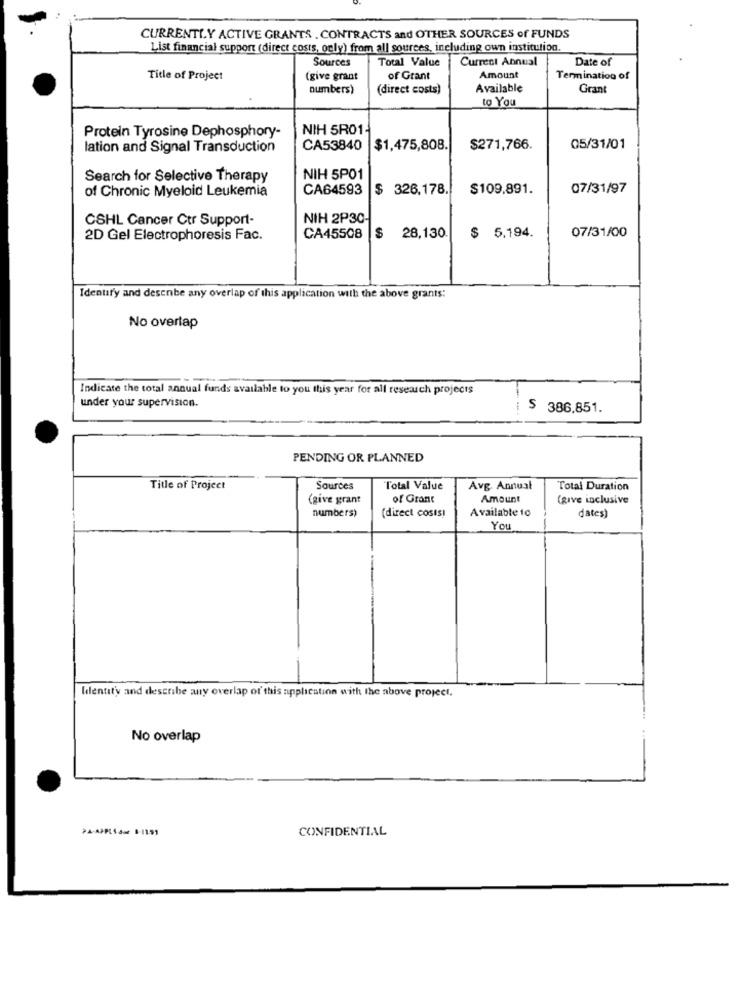
CURRENTLY ACTIVE GRANTS . CONTRACTS and OTHER SOURCES of FUNDS
List financial support (direct costs, ogly) from all sources, including own institution.
Sources
Total Value
Current Annual
Date of
Title of Project
(give grant
of Grant
Amount
Termination of
numbers)
(direct costs)
Available
Grant
to You
NIH 5R01-
Protein Tyrosine Dephosphory-
lation and Signal Transduction
CA53840
$1,475,808.
$271,766.
05/31/01
Search for Selective Therapy
NIH 5P01
of Chronic Myeloid Leukemia
CA64593
$ 326.178,
$109.891.
07/31/97
CSHL Cancer Ctr Support-
NIH 2P30-
$ 5.194.
07/31/00
2D Gel Electrophoresis Fac.
CA45508
$ 28,130
Identify and desenbe any overlap of this application with the above grants:
No overlap
Indicate the total annual funds available to you this year for all research projects
under your supervision.
$ 386,851.
PENDING OR PLANNED
Title of Project
Sources
Total Value
Avg. Annual
Total Duration
(give grant
of Grant
Amount
(give inclusive
numbers)
(direct costs)
Available 10
dates)
You
Ilentity and describe any overlap of this application with the above project.
No overlap
CONFIDENTIAL